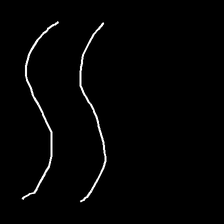
Glyph: float